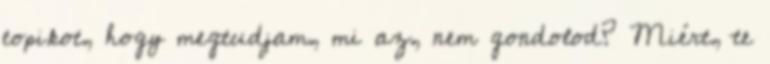
topikot, hogy megtudjam, mi az, nem gondolod? Miért, te